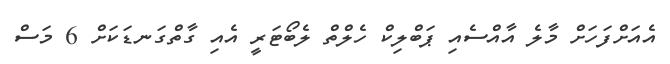
އެއަށްފަހަށް މާލެ އާއްސެއި ޕަބްލިކް ހެލްތް ލެބޯޓަރީ އެއި ގާތްގަނޑަކަށް 6 މަސް